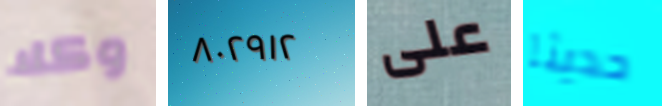
وكلا ٨٠٢٩١٢ على حديثا